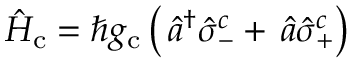
\hat { H } _ { \mathrm { c } } = \hbar g _ { \mathrm { c } } \left( \ensuremath { { \, \hat { a } ^ { \dagger } } } \hat { \sigma } _ { - } ^ { c } + \ensuremath { \, \hat { a } } \hat { \sigma } _ { + } ^ { c } \right)